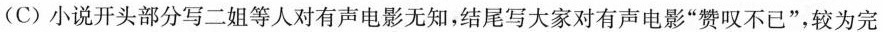
(C)小说开头部分写二姐等人对有声电影无知，结尾写大家对有声电影”赞叹不已”，较为完